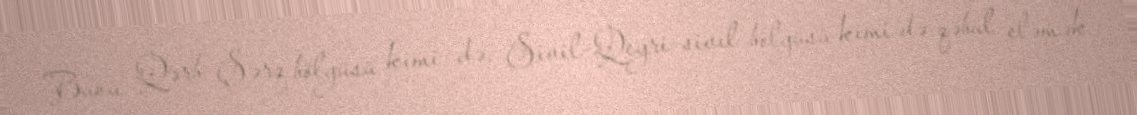
Bunu Qərb-Şərq bölgüsü kimi də, Sivil-Qeyri-sivil bölgüsü kimi də qəbul eləmək